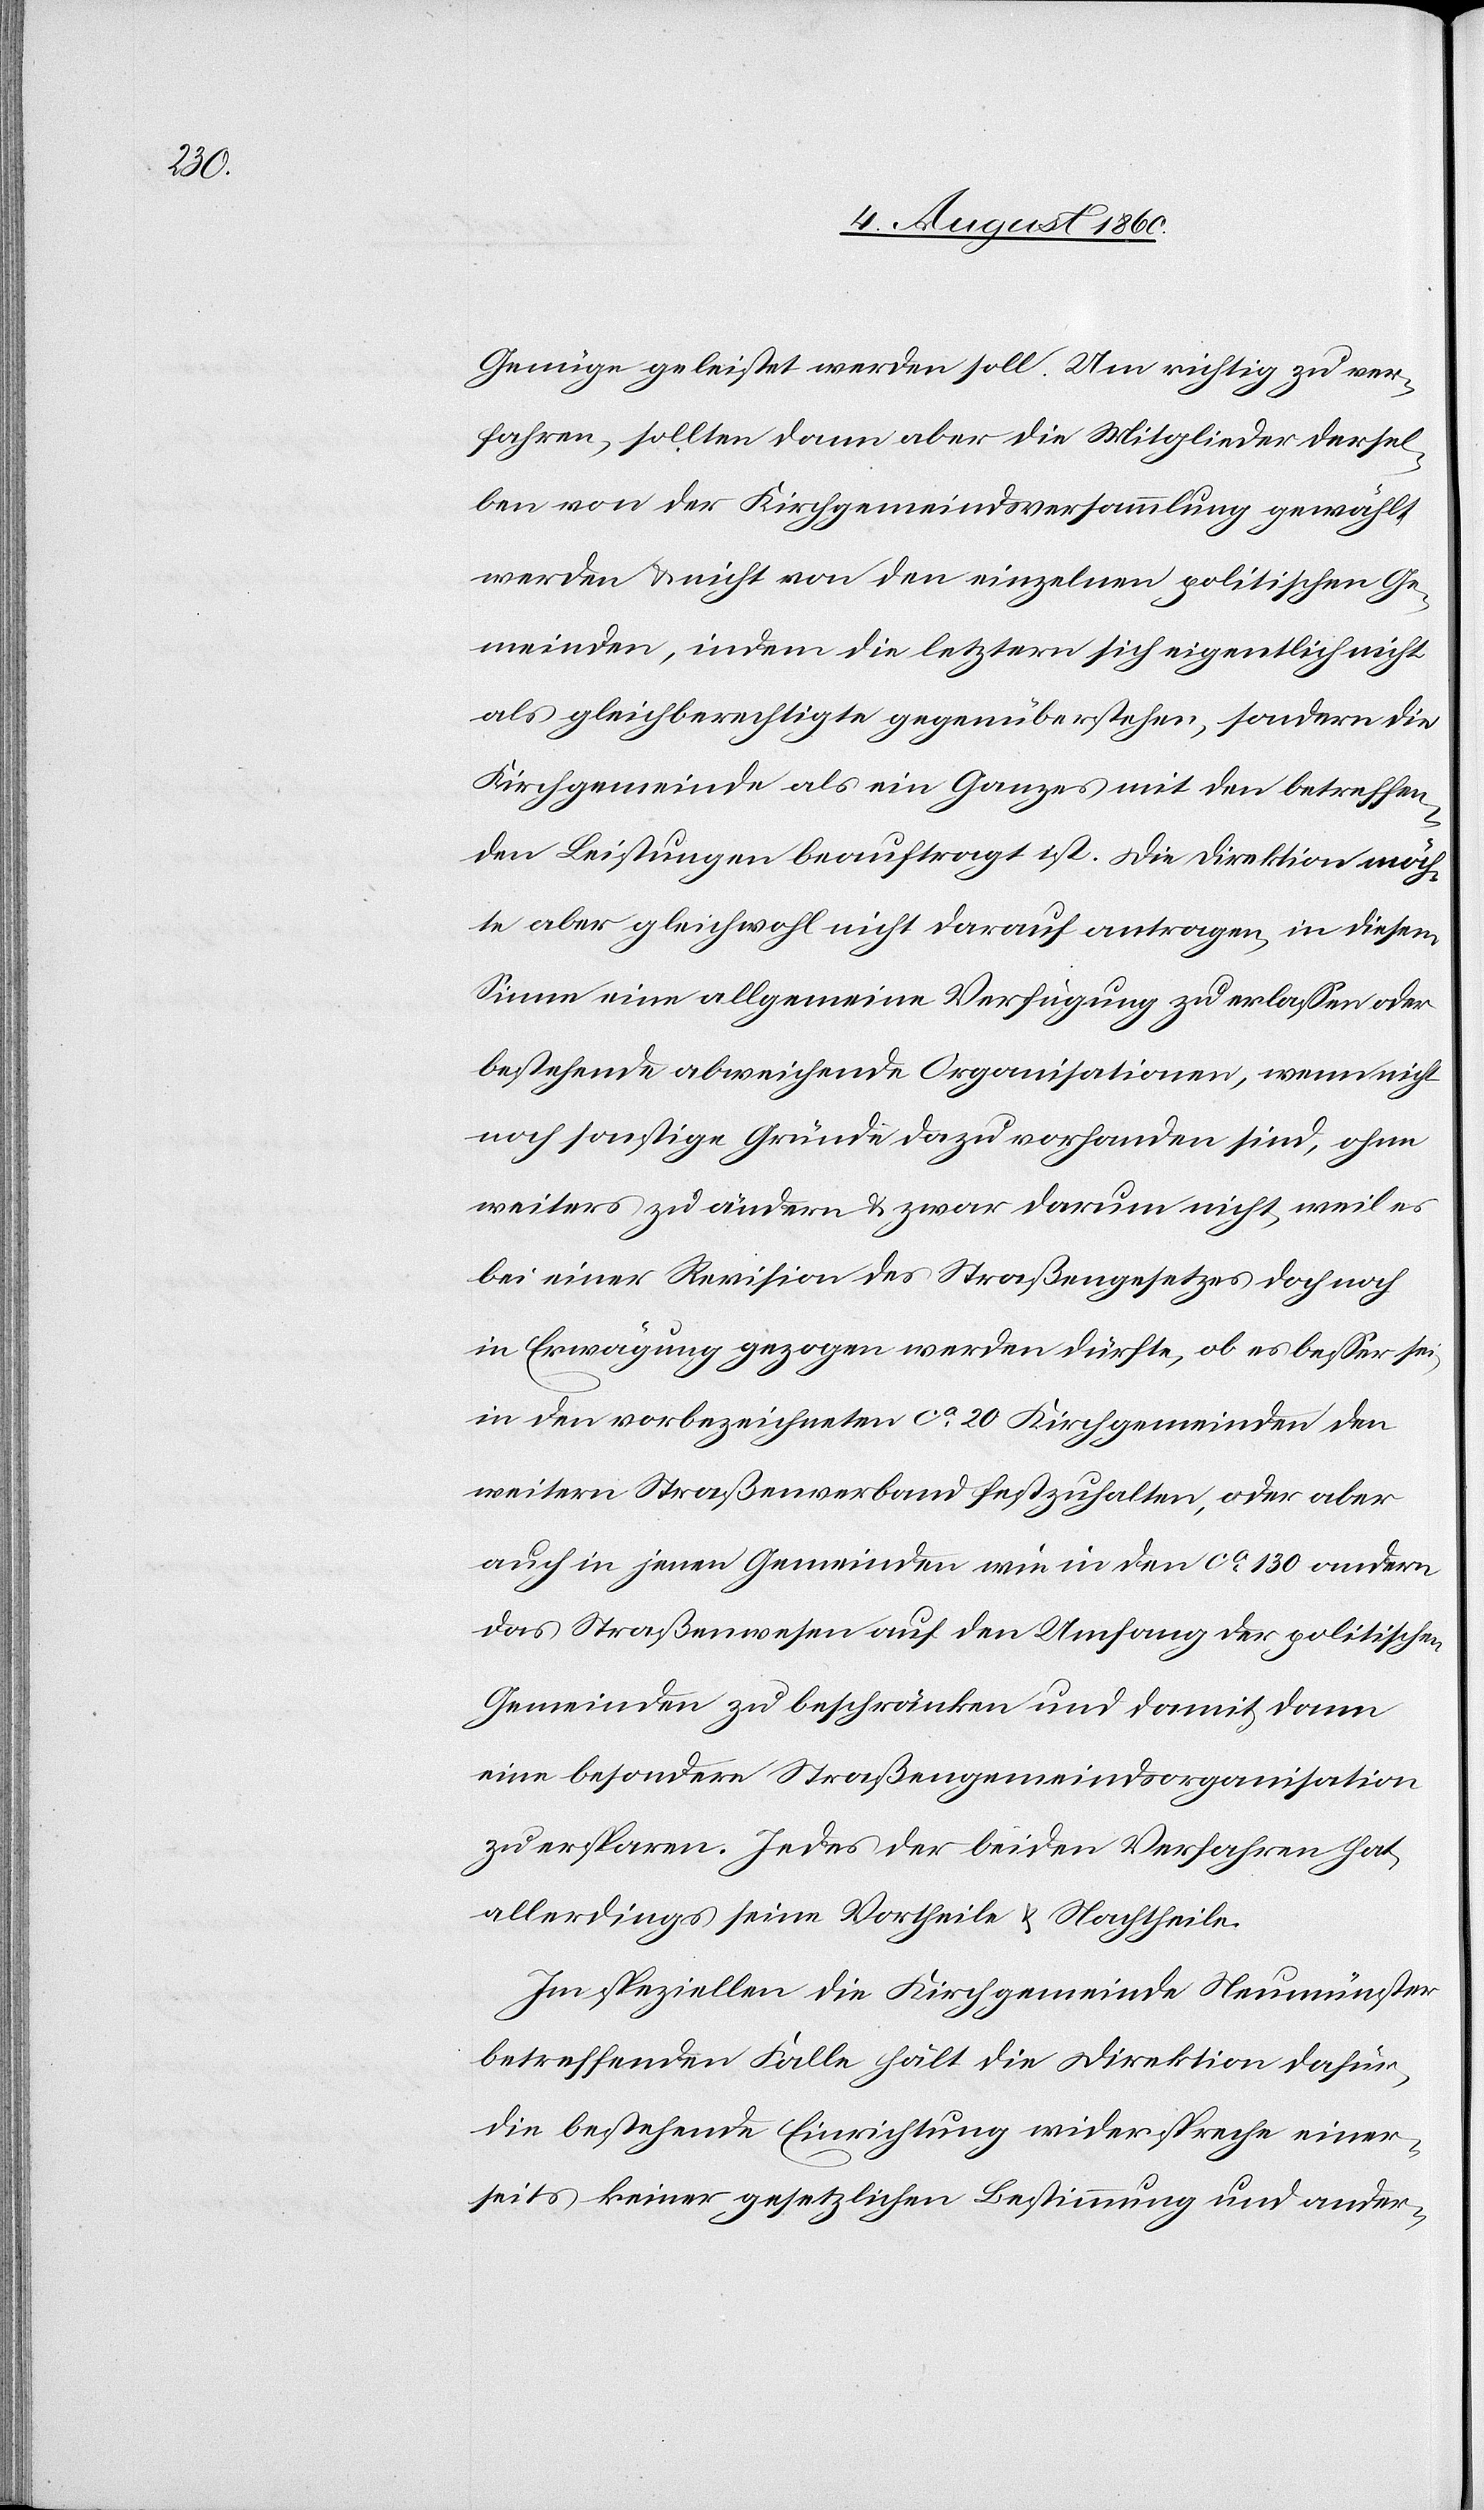
nüge geleistet werden soll. Um richtig zu ver¬
fahren, sollten dann aber die Mitglieder dersel¬
ben von der Kirchgemeindsversammlung gewählt
werden und nicht von den einzelnen politischen Ge¬
meinden, indem die letztern sich eigentlich nicht
als gleichberechtigte gegenüberstehen, sondern die
Kirchgemeinde als ein Ganzes mit den betreffen¬
den Leistungen beauftragt ist. Die Direktion möch¬
te aber gleichwohl nicht darauf antragen, in diesem
Sinne eine allgemeine Verfügung zu erlassen oder
bestehende abweichende Organisationen, wenn nicht
noch sonstige Gründe dazu vorhanden sind, ohne
weiters zu ändern u. zwar darum nicht, weil es
bei einer Revision des Strassengesetzes doch noch
in Erwägung gezogen werden dürfe, ob es besser sei,
in den vorbezeichneten ca 20 Kirchgemeinden den
weitern Strassenverband festzuhalten, oder aber
auch in jenen Gemeinden wie in den ca 130 andern
das Strassenwesen auf den Umfang der politischen
Gemeinden zu beschränken und damit dann
eine besondere Strassengemeindsorganisation
zu ersparen. Jedes der beiden Verfahren hat
allerdings seine Vortheile u. seine Nachtheile.
Im speziellen, die Kirchgemeinde Neumünster
betreffenden Falle hält die Direktion dafür,
die bestehende Einrichtung wiederspreche einer¬
seits keiner gesetzlichen Bestimmung und ander-